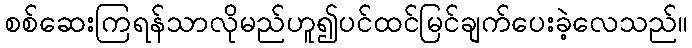
စစ်ဆေးကြရန်သာလိုမည်ဟူ၍ပင်ထင်မြင်ချက်ပေးခဲ့လေသည်။